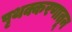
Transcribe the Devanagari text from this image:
पृथक्करणातून